Civil Veterinary Department Bengal reports 1933-51 - 1933-1951
Year: 1933
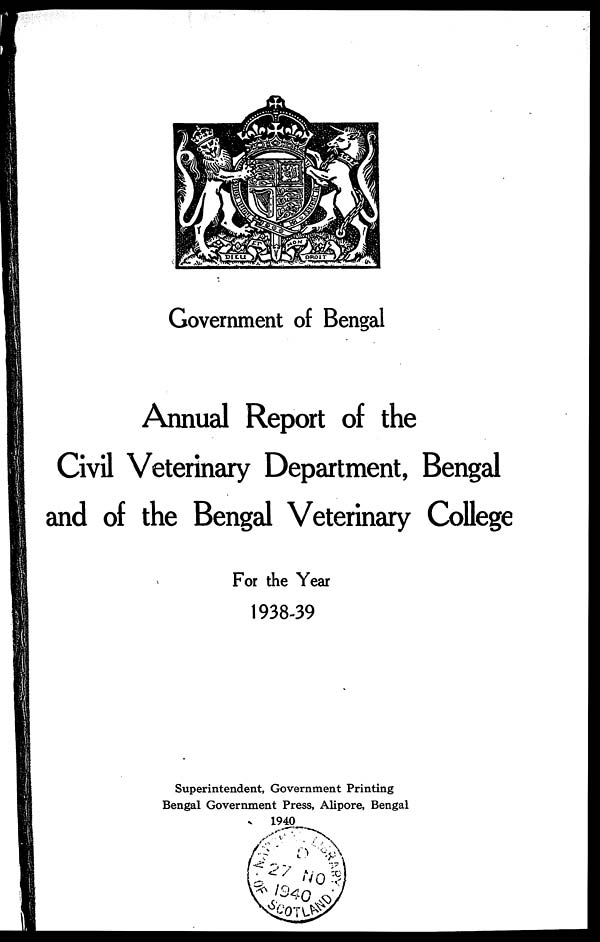
Government of Bengal
Annual Report of the
Civil Veterinary Department, Bengal
and of the Bengal Veterinary College
For the Year
1938-39
Superintendent, Government Printing
Bengal Government Press, Alipore, Bengal
1940